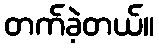
တက်ခဲ့တယ်။